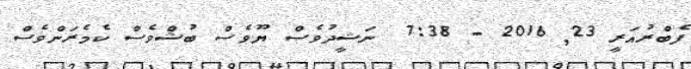
ފެބްރުއަރީ 23